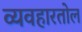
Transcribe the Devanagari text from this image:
व्यवहारतोल